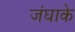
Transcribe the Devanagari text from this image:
जंघाके